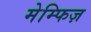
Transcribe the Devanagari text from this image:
मेम्फिज़